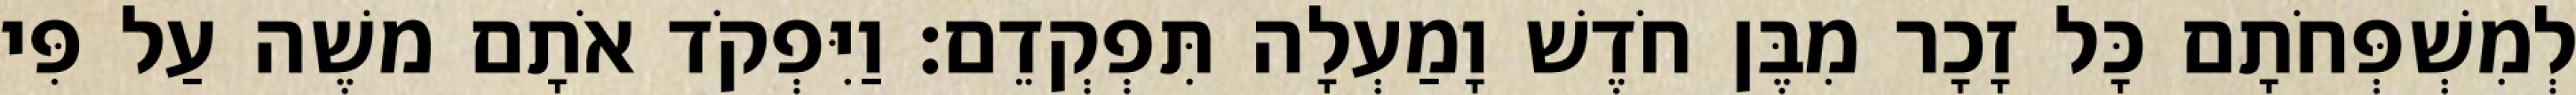
לְמִשְׁפְּחֹתָם כָּל זָכָר מִבֶּן חֹדֶשׁ וָמַעְלָה תִּפְקְדֵם׃ וַיִּפְקֹד אֹתָם משֶׁה עַל פִּי